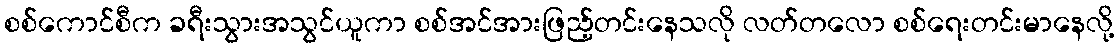
စစ်ကောင်စီက ခရီးသွားအသွင်ယူကာ စစ်အင်အားဖြည့်တင်းနေသလို လတ်တလော စစ်ရေးတင်းမာနေလို့